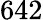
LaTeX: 642